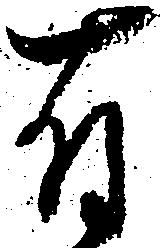
有